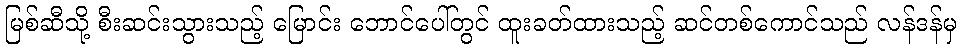
မြစ်ဆီသို့ စီးဆင်းသွားသည့် မြောင်း ဘောင်ပေါ်တွင် ထူးခတ်ထားသည့် ဆင်တစ်ကောင်သည် လန်ဒန်မှ